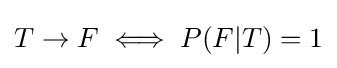
T\to F\iff P(F|T)=1